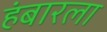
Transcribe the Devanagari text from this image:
हंबारला